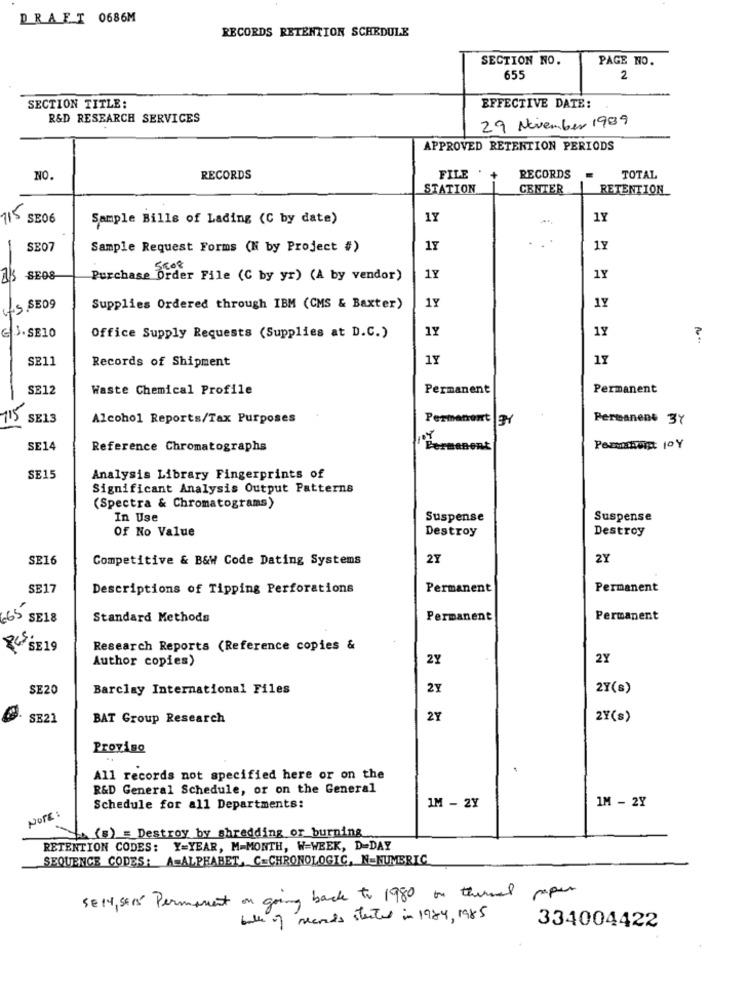
DRAFT 0686M
RECORDS RETENTION SCHEDULE
SECTION NO.
PAGE NO.
655
2
SECTION TITLE:
EFFECTIVE DATE:
R&D RESEARCH SERVICES
29 November 1989
APPROVED RETENTION PERIODS
NO.
RECORDS
FILE
RECORDS
TOTAL
STATION
CENTER
RETENTION
115 SEO6
Sample Bills of Lading (C by date)
1Y
1Y
SEO7
Sample Request Forms (N by Project #)
1Y
1Y
-
13 SE08
Purchase Order File (C by yr) (A by vendor)
1Y
1Y
1Y
(.S.SE09
Supplies Ordered through IBM (CMS & Baxter)
1Y
1Y
1Y
G 3.SE10
Office Supply Requests (Supplies at D.C.)
?
SE11
Records of Shipment
1Y
11
-
SE12
Waste Chemical Profile
Permanent
Permanent
115
SE13
Alcohol Reports/Tax Purposes
Permanent 3/
Permanent 37
SE14
Reference Chromatographs
Permanent
Permanent JOY
SE15
Analysis Library Fingerprints of
Significant Analysis Output Patterns
(Spectra & Chromatograms)
In Use
Suspense
Suspense
Of No Value
Destroy
Destroy
SE16
Competitive & B&W Code Dating Systems
2Y
2Y
SE17
Descriptions of Tipping Perforations
Permanent
Permanent
665 SE18
Standard Methods
Permanent
Permanent
84 SE19
Research Reports (Reference copies &
Author copies)
2Y
2Y
SE20
Barclay International Files
2Y
2Y(s)
SE21
BAT Group Research
2Y
2Y(s)
Provigo
All records not specified here or on the
R&D General Schedule, or on the General
IM - 2Y
1M - 2Y
NOTE:
Schedule for all Departments:
(8) = Destroy by shredding or burning
RETENTION CODES: Y=YEAR, M-MONTH, W=WEEK, D-DAY
SEQUENCE CODES: A=ALPHABET, C=CHRONOLOGIC, N-NUMERIC
SE14, 5ans Permanent on going back to 1980 on thermal paper
bulk of records started in 1984, 1985
334004422